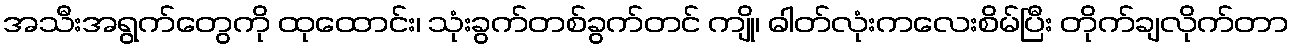
အသီးအရွက်တွေကို ထုထောင်း၊ သုံးခွက်တစ်ခွက်တင် ကျို၊ ဓါတ်လုံးကလေးစိမ်ပြီး တိုက်ချလိုက်တာ